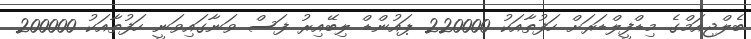
ބެލްޖިއަމްގެ މިޑްފީލްޑަރަށް ހަފުތާއަކު 220000 ޕައުންޑް ލިބޭއިރު ފަސް ވަނާގައިވަނީ ހަފުތާއަކު 200000